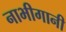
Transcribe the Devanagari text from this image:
नाभीगानी